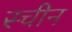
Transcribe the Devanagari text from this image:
स्चीन